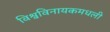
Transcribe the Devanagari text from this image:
विश्वविनायकमधली